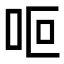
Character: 𠰐